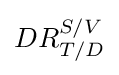
DR_{T/D}^{S/V}